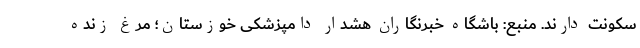
سکونت دارند. منبع: باشگاه خبرنگاران هشدار دامپزشکی خوزستان؛ مرغ زنده